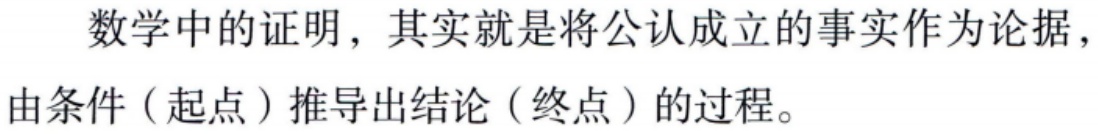
数学中的证明，其实就是将公认成立的事实作为论据，由条件（起点）推导出结论（终点）的过程。